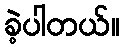
ခဲ့ပါတယ်။